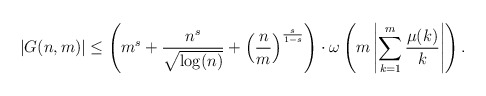
\begin{align*}|G(n,m)| \leq \left(m^s + \frac{n^s}{\sqrt{\log(n)}} + \left(\frac{n}{m}\right)^{\frac{s}{1-s}} \right) \cdot \omega\left(m \left|\sum_{k=1}^m \frac{\mu(k)}{k}\right|\right).\end{align*}